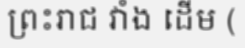
ព្រះរាជ វាំង ដើម (